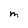
Character: M